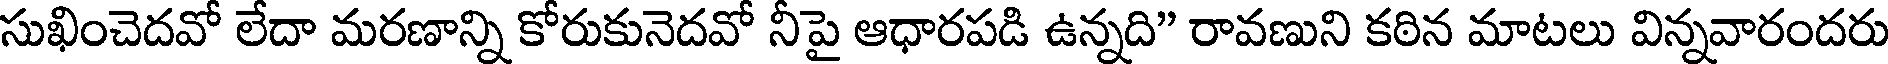
సుఖించెదవో లేదా మరణాన్ని కోరుకునెదవో నీపై ఆధారపడి ఉన్నది" రావణుని కఠిన మాటలు విన్నవారందరు